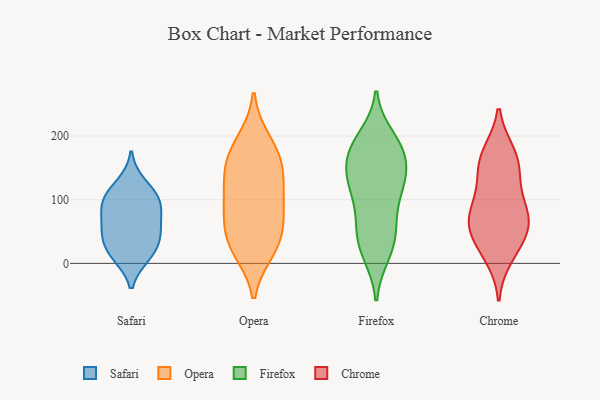
{"axis": {"x": "Waste Production (Tons)", "y": "Value"}, "legend": ["Chrome", "Firefox", "Opera", "Safari"], "data": [{"x": "", "y": 47, "type": "Safari"}, {"x": "", "y": 104, "type": "Safari"}, {"x": "", "y": 12, "type": "Safari"}, {"x": "", "y": 13, "type": "Safari"}, {"x": "", "y": 54, "type": "Safari"}, {"x": "", "y": 125, "type": "Safari"}, {"x": "", "y": 28, "type": "Safari"}, {"x": "", "y": 86, "type": "Safari"}, {"x": "", "y": 101, "type": "Safari"}, {"x": "", "y": 56, "type": "Safari"}, {"x": "", "y": 90, "type": "Safari"}, {"x": "", "y": 151, "type": "Opera"}, {"x": "", "y": 35, "type": "Opera"}, {"x": "", "y": 82, "type": "Opera"}, {"x": "", "y": 125, "type": "Opera"}, {"x": "", "y": 77, "type": "Opera"}, {"x": "", "y": 111, "type": "Opera"}, {"x": "", "y": 193, "type": "Opera"}, {"x": "", "y": 163, "type": "Opera"}, {"x": "", "y": 22, "type": "Opera"}, {"x": "", "y": 42, "type": "Opera"}, {"x": "", "y": 81, "type": "Opera"}, {"x": "", "y": 182, "type": "Opera"}, {"x": "", "y": 144, "type": "Opera"}, {"x": "", "y": 20, "type": "Opera"}, {"x": "", "y": 52, "type": "Firefox"}, {"x": "", "y": 124, "type": "Firefox"}, {"x": "", "y": 154, "type": "Firefox"}, {"x": "", "y": 107, "type": "Firefox"}, {"x": "", "y": 165, "type": "Firefox"}, {"x": "", "y": 182, "type": "Firefox"}, {"x": "", "y": 102, "type": "Firefox"}, {"x": "", "y": 186, "type": "Firefox"}, {"x": "", "y": 140, "type": "Firefox"}, {"x": "", "y": 52, "type": "Firefox"}, {"x": "", "y": 58, "type": "Firefox"}, {"x": "", "y": 167, "type": "Firefox"}, {"x": "", "y": 38, "type": "Firefox"}, {"x": "", "y": 129, "type": "Firefox"}, {"x": "", "y": 187, "type": "Firefox"}, {"x": "", "y": 14, "type": "Firefox"}, {"x": "", "y": 123, "type": "Firefox"}, {"x": "", "y": 198, "type": "Firefox"}, {"x": "", "y": 14, "type": "Firefox"}, {"x": "", "y": 116, "type": "Chrome"}, {"x": "", "y": 77, "type": "Chrome"}, {"x": "", "y": 72, "type": "Chrome"}, {"x": "", "y": 151, "type": "Chrome"}, {"x": "", "y": 173, "type": "Chrome"}, {"x": "", "y": 42, "type": "Chrome"}, {"x": "", "y": 87, "type": "Chrome"}, {"x": "", "y": 60, "type": "Chrome"}, {"x": "", "y": 172, "type": "Chrome"}, {"x": "", "y": 11, "type": "Chrome"}, {"x": "", "y": 27, "type": "Chrome"}, {"x": "", "y": 145, "type": "Chrome"}, {"x": "", "y": 62, "type": "Chrome"}]}